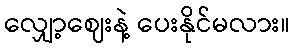
လျှော့ဈေးနဲ့ ပေးနိုင်မလား။